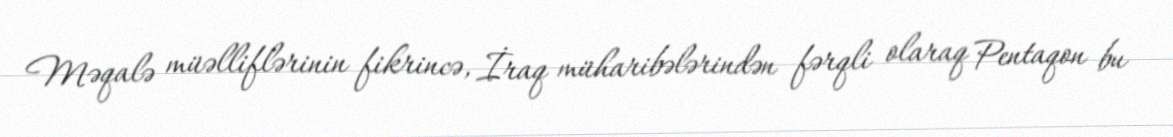
Məqalə müəlliflərinin fikrincə, İraq müharibələrindən fərqli olaraq Pentaqon bu